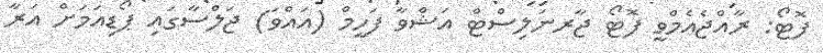
ފޮޓޯ: ރާއްޖެއެމްވީ ފޮޓޯ ޖާރނަލިސްޓް އަޝްވާ ފަހީމް (އައްވަ) ޖަލްސާގައި ޕޯޑިއަމަށް އަރާ